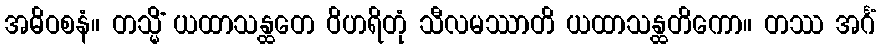
အဓိဝစနံ။ တသ္မိံ ယထာသန္ထတေ ဝိဟရိတုံ သီလမဿာတိ ယထာသန္ထတိကော။ တဿ အင်္ဂံ